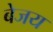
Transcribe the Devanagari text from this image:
बेजय